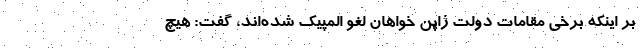
بر اینکه برخی مقامات دولت ژاپن خواهان لغو المپیک شده‌اند، گفت: هیچ